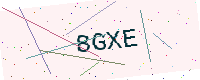
Text: 8GXE